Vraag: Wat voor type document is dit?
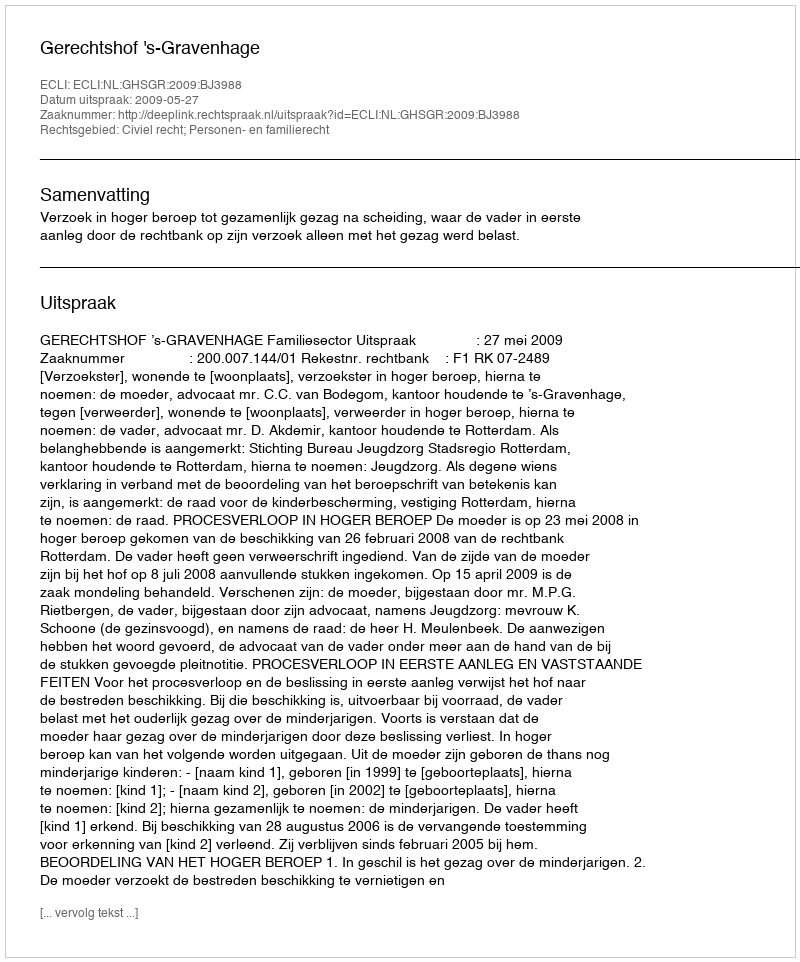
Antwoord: Uitspraak